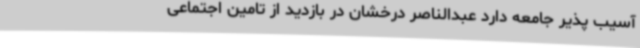
آسیب پذیر جامعه دارد عبدالناصر درخشان در بازدید از تامین اجتماعی